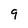
Character: 9